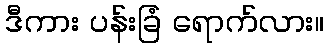
ဒီကား ပန်းခြံ ရောက်လား။